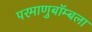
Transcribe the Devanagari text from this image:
परमाणुबॉम्बला